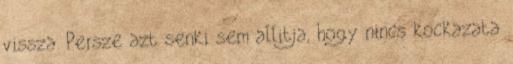
vissza. Persze azt senki sem allitja, hogy nincs kockazata